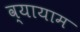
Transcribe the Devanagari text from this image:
व्‍यायाम